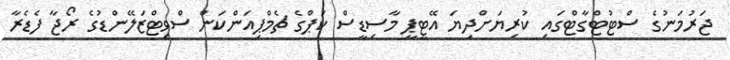
ޖަރުމަނުގެ ސްޓުޓްގާޓްގައި ކުރިޔަށްދިޔަ އޭޓީޕީ މާސިޑީސް ކަޕްގެ ޗެމްޕިއަންކަން ސްވިޓްޒަލޭންޑުގެ ރޯޖާ ފެޑެރާ